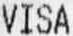
VISA